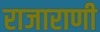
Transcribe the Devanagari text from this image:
राजाराणी